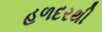
હળદરથી